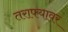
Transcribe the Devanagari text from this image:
तराफ्यावर